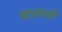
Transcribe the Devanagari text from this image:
हालातो